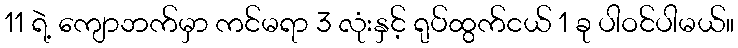
11 ရဲ့ ကျောဘက်မှာ ကင်မရာ 3 လုံးနှင့် ရုပ်ထွက်ငယ် 1 ခု ပါဝင်ပါမယ်။